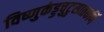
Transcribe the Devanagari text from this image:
विष्णुकंड्डचुटुसातकर्णि